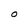
Character: O